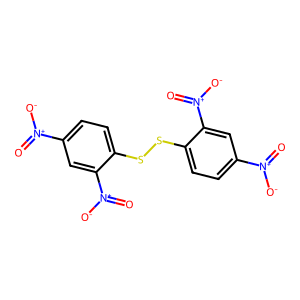
SMILES: O=[N+]([O-])c1ccc(SSc2ccc([N+](=O)[O-])cc2[N+](=O)[O-])c([N+](=O)[O-])c1
Inhibits HIV replication: No